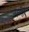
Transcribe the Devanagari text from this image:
जझौती